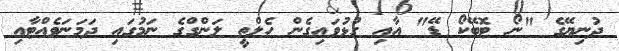
ދުނިޔޭގެ "ނޯ ޓޮބޭކޯ ޑޭ" އާއި ގުޅުވައިގެން ހެލްތީ ލަންގްގެ ނަމުގައި ދަމަނަވެއްޓާއި